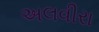
અલવીરા